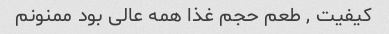
کیفیت , طعم حجم غذا همه عالی بود ممنونم